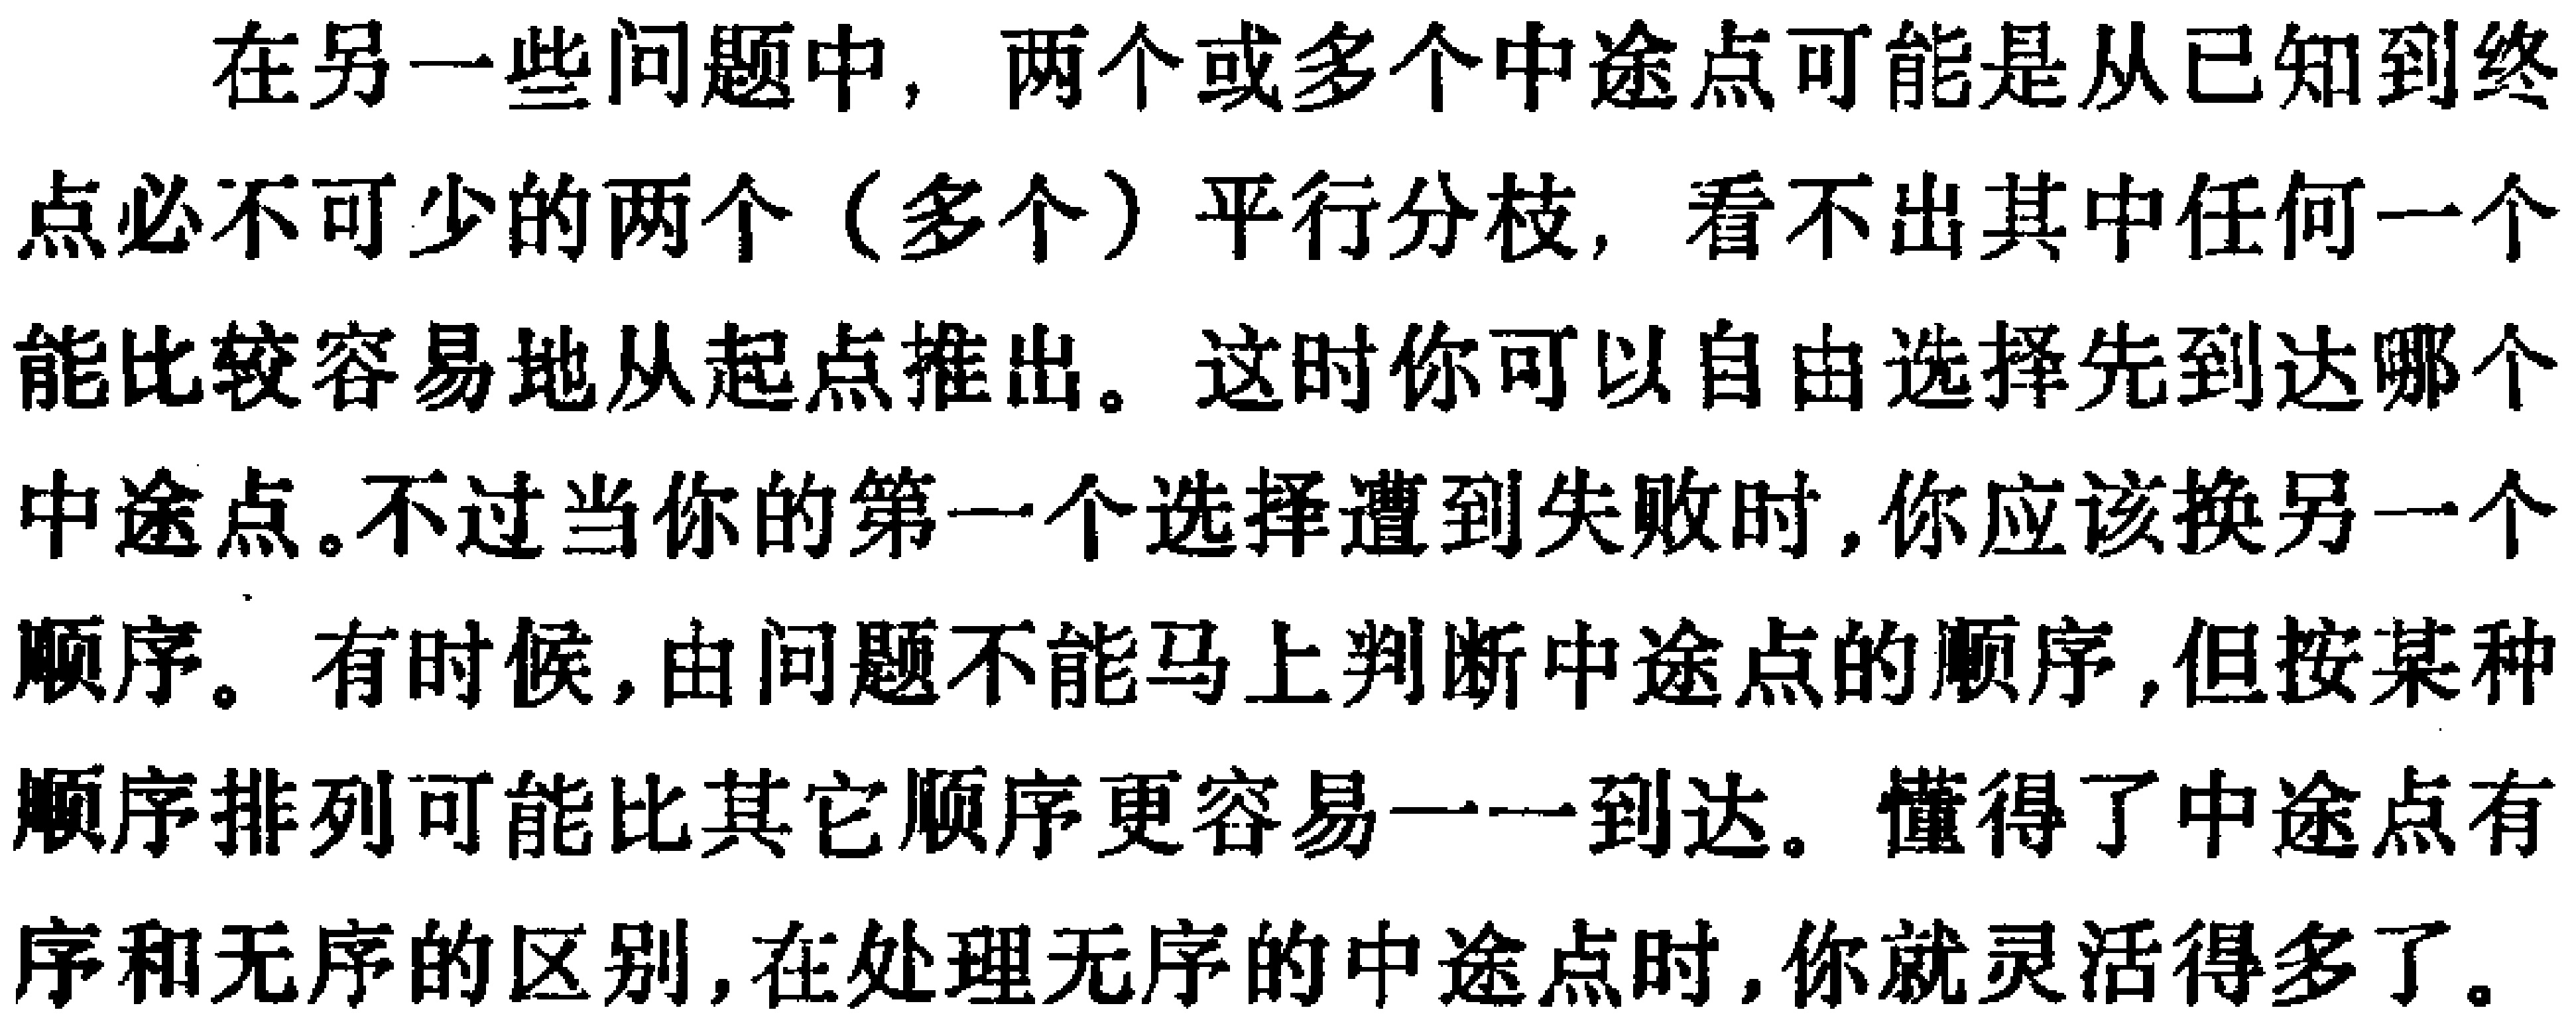
在另一些问题中, 两个或多个中途点可能是从已知到终点必不可少的两个 (多个) 平行分枝, 看不出其中任何一个能比较容易地从起点推出。这时你可以自由选择先到达哪个中途点。不过当你的第一个选择遭到失败时, 你应该换另一个顺序。有时候, 由问题不能马上判断中途点的顺序, 但按某种顺序排列可能比其它顺序更容易一一到达。懂得了中途点有序和无序的区别, 在处理无序的中途点时, 你就灵活得多了。